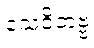
သေဝိတဗ္ဗ